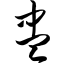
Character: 盅